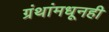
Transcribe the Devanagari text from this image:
ग्रंथांमधूनही